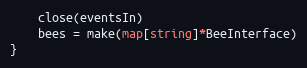
Language: Go
	close(eventsIn)
	bees = make(map[string]*BeeInterface)
}